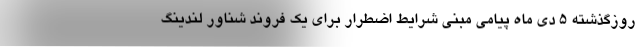
روزگذشته ۵ دی ماه پیامی مبنی شرایط اضطرار برای یک فروند شناور لندینگ